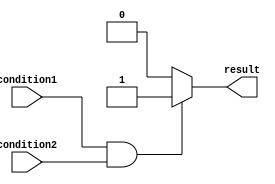
module example_module (
    input wire condition1,
    input wire condition2,
    output reg result
);

always @* begin
    if (condition1 && condition2) begin
        // Block of code to be executed when both condition1 and condition2 are true
        result = 1;
    end else begin
        // Block of code to be executed when either condition1 or condition2 is false
        result = 0;
    end
end

endmodule